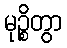
မုဉ္စိတွာ